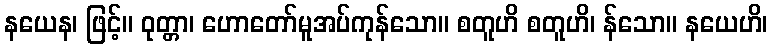
နယေန၊ ဖြင့်။ ဝုတ္တာ၊ ဟောတော်မူအပ်ကုန်သော။ စတူဟိ စတူဟိ၊ န်သော။ နယေဟိ၊